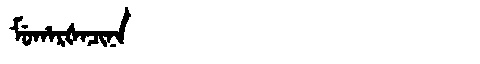
Manchu: ᠮᡠᡥᠠᡵᡧᠠᠴᡳᠨᠠ
Romanization: MUHARŠACINA